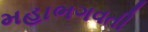
મહાભગવતી